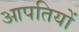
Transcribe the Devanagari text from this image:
आपतियों